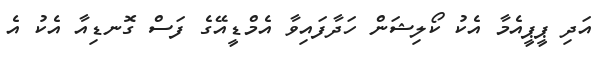
އަދި ޕީޕީއެމާ އެކު ކޯލިޝަން ހަދާފައިވާ އެމްޑީއޭގެ ފަސް ގޮނޑިއާ އެކު އެ